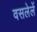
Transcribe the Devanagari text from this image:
वसलेलें